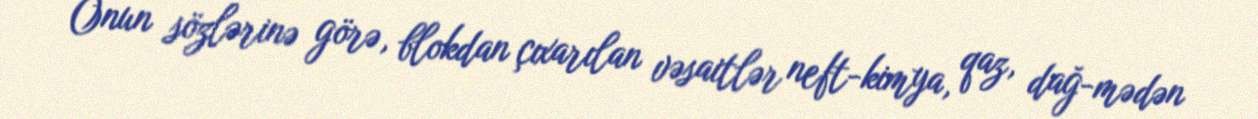
Onun sözlərinə görə, blokdan çıxarılan vəsaitlər neft-kimya, qaz, dağ-mədən